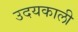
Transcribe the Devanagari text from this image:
उदयकाली